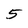
Character: 5